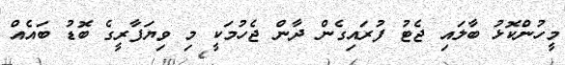
މީހުންކޮޅު ބާލައި ޖެޓު ފުރައިގެން ދާން ޖެހުމަކީ މި ވިޔަފާރީގެ ބޮޑު ބައެއް